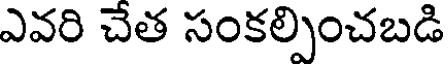
ఎవరి చేత సంకల్పించబడి